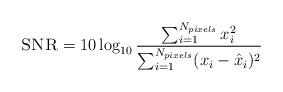
LaTeX: \begin{align*}\textsc{SNR} = 10\log_{10} \frac{\sum_{i=1}^{N_{pixels}}x_i^2}{\sum_{i=1}^{N_{pixels}}(x_i-\hat{x}_i)^2}\end{align*}